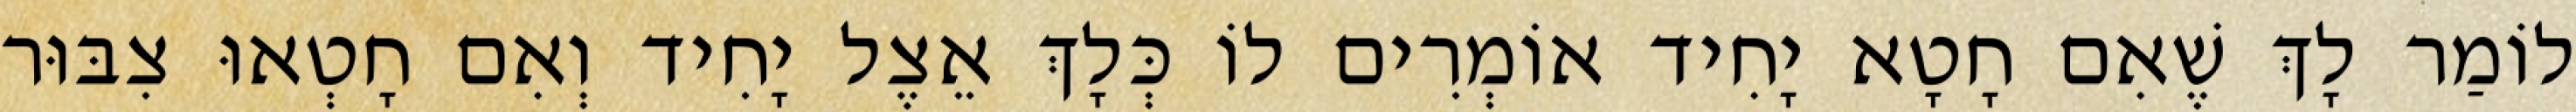
לוֹמַר לָךְ שֶׁאִם חָטָא יָחִיד אוֹמְרִים לוֹ כְּלָךְ אֵצֶל יָחִיד וְאִם חָטְאוּ צִבּוּר